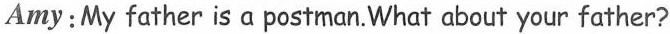
Amy: My father is a postman. What about your father?